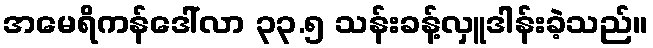
အမေရိကန်ဒေါ်လာ ၃၃.၅ သန်းခန့်လှူဒါန်းခဲ့သည်။